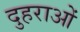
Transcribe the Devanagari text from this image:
दुहराओं